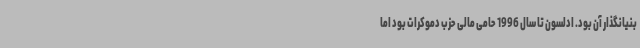
بنیانگذار آن بود. ادلسون تا سال 1996 حامی مالی حزب دموکرات بود اما